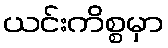
ယင်းကိစ္စမှာ